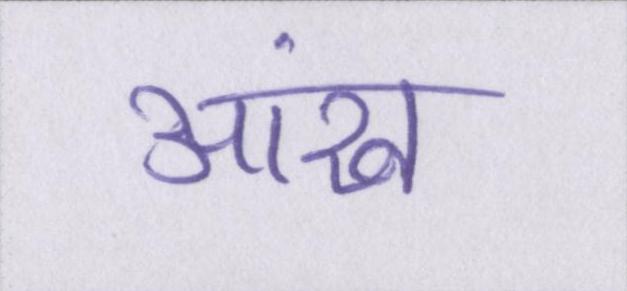
आंख